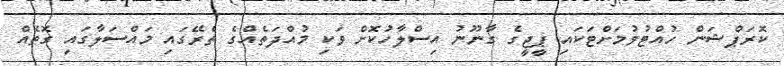
ކޮރަޕްޝަން ހުއްޓުވުމަށްޓަކައި ޕީޖީގެ ގާނޫނު އިސްލާހުކޮށް ވަކި މުއްދަތެއްގެ ތެރޭގައި މައްސަލާގައި ގޮތެއް